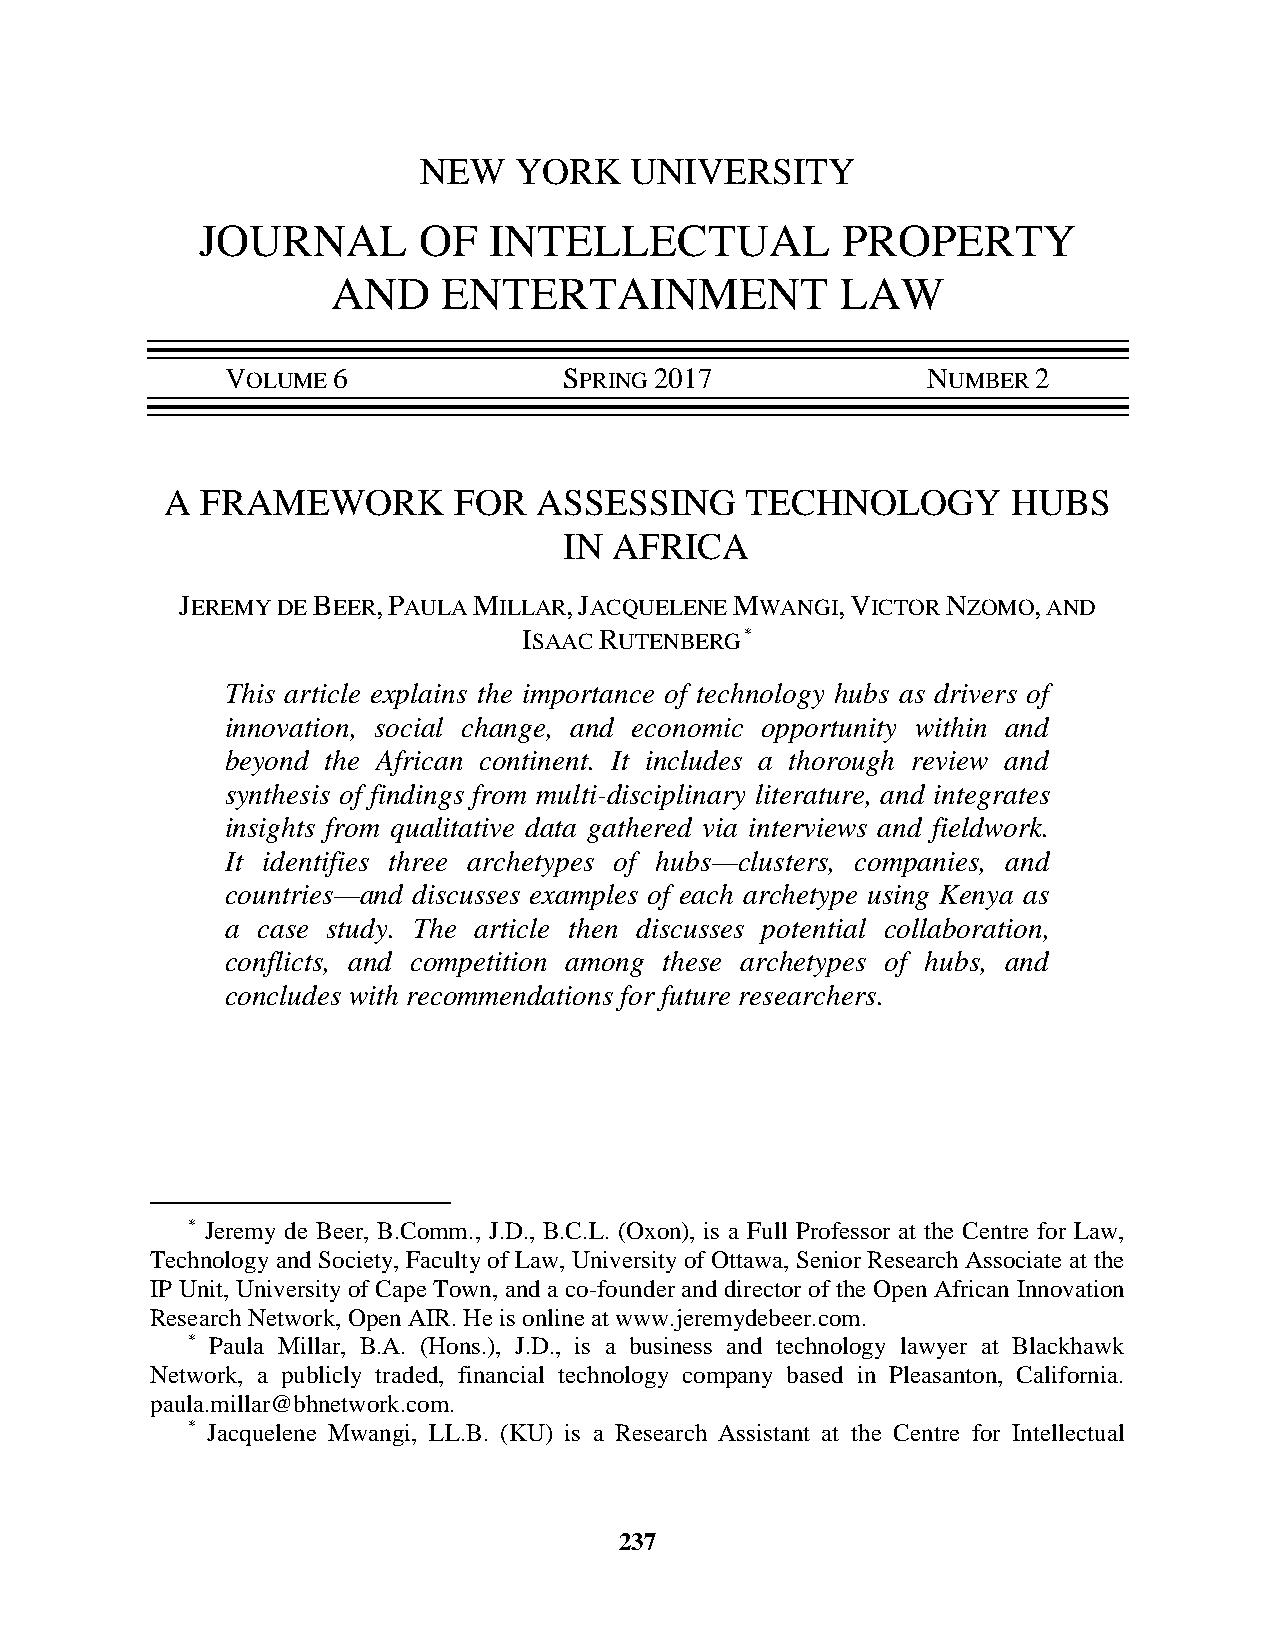
NEW   YORK    UNIVERSITY
 JOURNAL        OF  INTELLECTUAL            PROPERTY
 AND    ENTERTAINMENT              LAW
 VOLUME 6              SPRING 2017             NUMBER  2
 A FRAMEWORK        FOR  ASSESSING     TECHNOLOGY        HUBS
 IN  AFRICA
 JEREMY DE BEER, PAULA MILLAR, JACQUELENE MWANGI, VICTOR NZOMO, AND
 ISAAC RUTENBERG *
 This article explains the importance of technology hubs as drivers of
 innovation, social change, and economic opportunity within and
 beyond the African continent. It includes a thorough review and
 synthesis of findings from multi-disciplinary literature, and integrates
 insights from qualitative data gathered via interviews and fieldwork.
 It identifies three archetypes of hubs—clusters, companies, and
 countries—and discusses examples of each archetype using Kenya as
 a case study. The article then discusses potential collaboration,
 conflicts, and competition among these archetypes of hubs, and
 concludes with recommendations for future researchers.
 *****
 * Jeremy de Beer, B.Comm., J.D., B.C.L. (Oxon), is a Full Professor at the Centre for Law,
 Technology and Society, Faculty of Law, University of Ottawa, Senior Research Associate at the
 IP Unit, University of Cape Town, and a co-founder and director of the Open African Innovation
 Research Network, Open AIR. He is online at www.jeremydebeer.com.
 * Paula Millar, B.A. (Hons.), J.D., is a business and technology lawyer at Blackhawk
 Network, a publicly traded, financial technology company based in Pleasanton, California.
 paula.millar@bhnetwork.com.
 * Jacquelene Mwangi, LL.B. (KU) is a Research Assistant at the Centre for Intellectual
 237